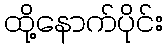
ထို့နောက်ပိုင်း